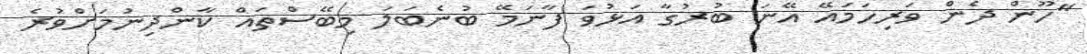
"ހޫން ދެން ވަރިހަމައޭ އޭނަ ބުރުގާ އަޅުވަ ފާނަމޭ ބުނެބަލަ މިބޭސްތައް ކާންދިނުމަށްވުރެ